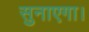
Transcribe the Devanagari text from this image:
सुनाएगा।